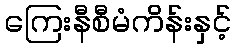
ကြေးနီစီမံကိန်းနှင့်